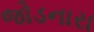
જોડનારા